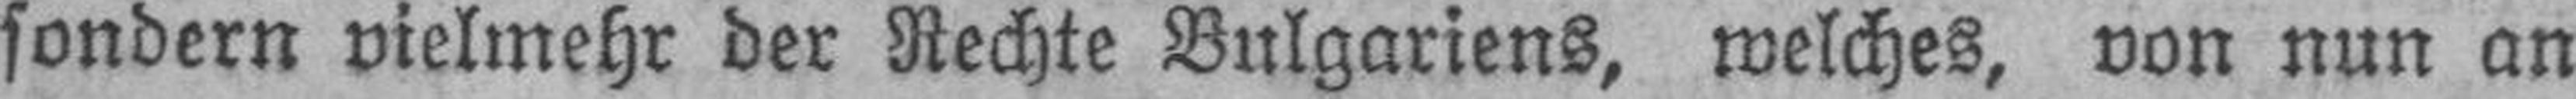
sondern vielmehr der Rechte Bulgariens, welches, von nun an